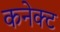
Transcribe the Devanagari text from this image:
कनेक्‍ट